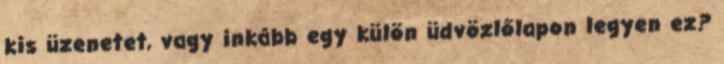
kis üzenetet, vagy inkább egy külön üdvözlőlapon legyen ez?